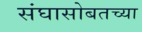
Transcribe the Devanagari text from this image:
संघासोबतच्या